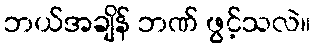
ဘယ်အချိန် ဘဏ် ဖွင့်သလဲ။